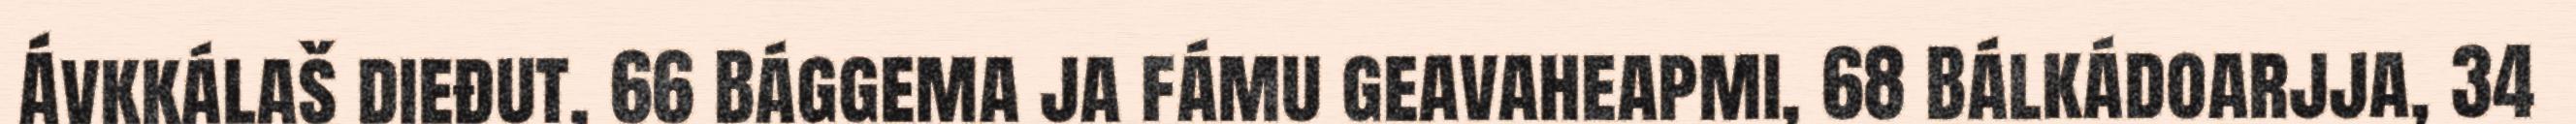
Ávkkálaš dieđut, 66 Bággema ja fámu geavaheapmi, 68 Bálkádoarjja, 34